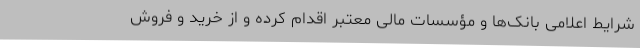
شرایط اعلامی بانک‌ها و مؤسسات مالی معتبر اقدام کرده و از خرید و فروش